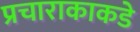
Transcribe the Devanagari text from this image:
प्रचाराकाकडे